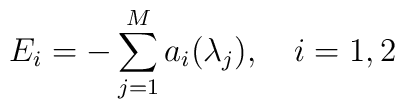
E_i = - \sum_{j=1}^M a_i(\lambda_j), \quad i=1,2